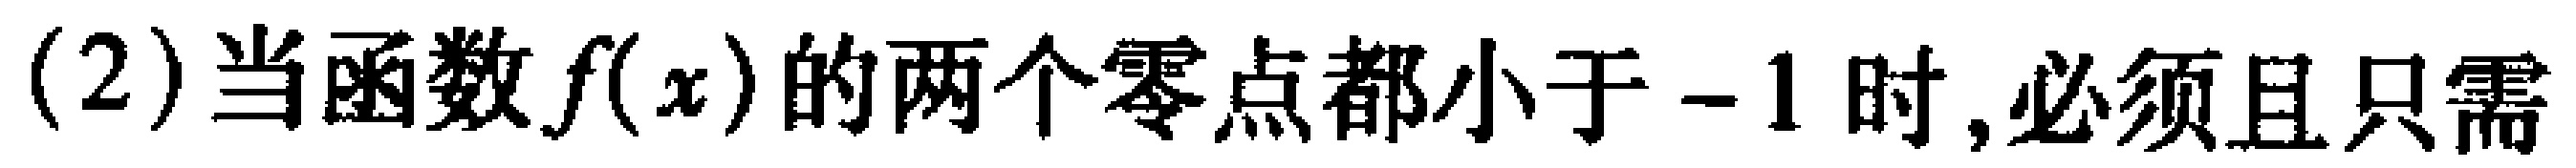
(2)当函数\(f(x)\)的两个零点都小于\(-1\)时,必须且只需